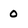
Character: 0